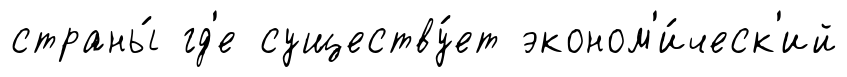
страны́ гд'е существу́ет эконом'и́ческ'ий